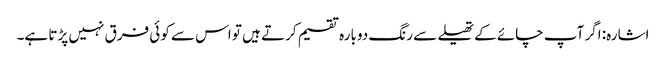
اشارہ: اگر آپ چائے کے تھیلے سے رنگ دوبارہ تقسیم کرتے ہیں تو اس سے کوئی فرق نہیں پڑتا ہے۔